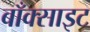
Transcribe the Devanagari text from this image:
बाँक्साइट